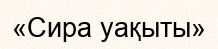
«Сира уақыты»